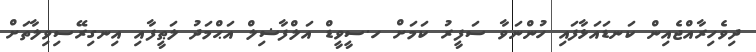
ދިވެހިރާއްޖެއިން ކަނޑައަޅާފައި ހުންނަވާ ސަފީރު ކަމަށް ހ.ސީވީޑް އަލްފާޟިލް އަޙްމަދު ލަޠީފާއި އިނގިރޭސިވިލާތަށް